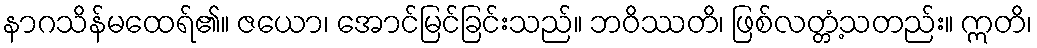
နာဂသိန်မထေရ်၏။ ဇယော၊ အောင်မြင်ခြင်းသည်။ ဘဝိဿတိ၊ ဖြစ်လတ္တံ့သတည်း။ ဣတိ၊